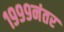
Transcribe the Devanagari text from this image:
१९९९नंतर